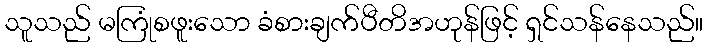
သူသည် မကြုံစဖူးသော ခံစားချက်ပီတိအဟုန်ဖြင့် ရှင်သန်နေသည်။